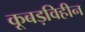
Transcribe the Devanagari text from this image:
कूबड़विहीन